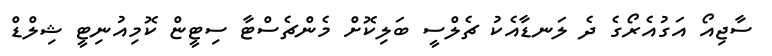
ސާޖިއޯ އަގުއެރޯގެ ދެ ލަނޑާއެކު ޗެލްސީ ބަލިކޮށް މެންޗެސްޓާ ސިޓީޏް ކޮމިއުނިޓީ ޝިލްޑް